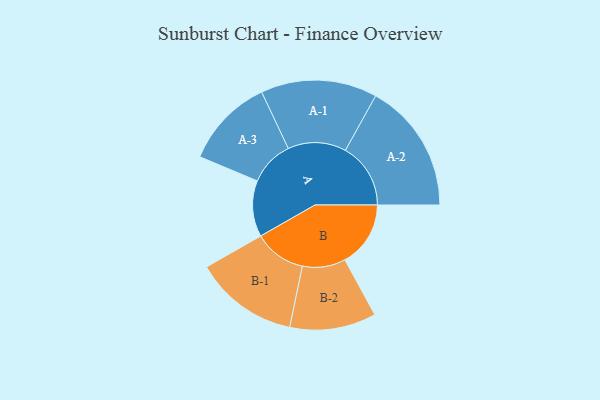
{"axis": {"x": "Segment", "y": "Value"}, "legend": ["", "A", "B"], "data": [{"x": "A", "y": 246, "type": ""}, {"x": "B", "y": 288, "type": ""}, {"x": "A-1", "y": 255, "type": "A"}, {"x": "A-2", "y": 286, "type": "A"}, {"x": "A-3", "y": 197, "type": "A"}, {"x": "B-1", "y": 228, "type": "B"}, {"x": "B-2", "y": 189, "type": "B"}]}